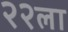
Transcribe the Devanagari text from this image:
२२ला